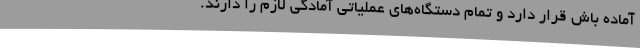
آماده باش قرار دارد و تمام دستگاه‌های عملیاتی آمادگی لازم را دارند.